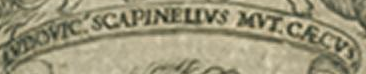
LVDOVIC'SCAPINELIVS MVT.CRCVS